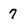
Character: 7